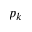
p _ { k }